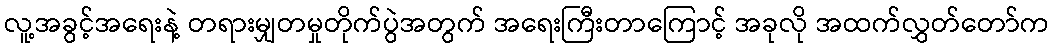
လူ့အခွင့်အရေးနဲ့ တရားမျှတမှုတိုက်ပွဲအတွက် အရေးကြီးတာကြောင့် အခုလို အထက်လွှတ်တော်က